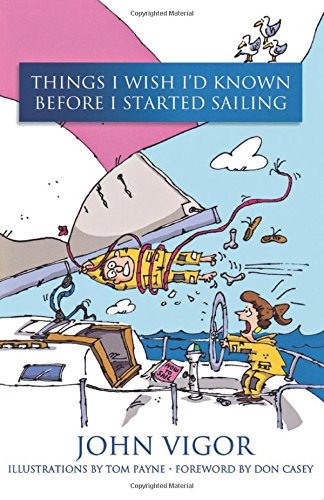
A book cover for Things I Wish I'd Known Before I Started Sailing; John Vigor; Reference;